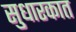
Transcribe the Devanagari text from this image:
सुधारकात